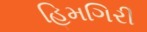
હિમગિરી